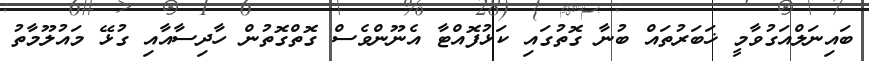
ބައިނަލްއަގުވާމީ ޚަބަރުތައް ބުނާ ގޮތުގައި ކަޅުފޮއްޓާ އެނޫންވެސް ގޮތްގޮތުން ހާދިސާއާއި ގުޅޭ މައުލޫމާތު